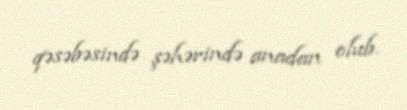
qəsəbəsində şəhərində anadan olub.